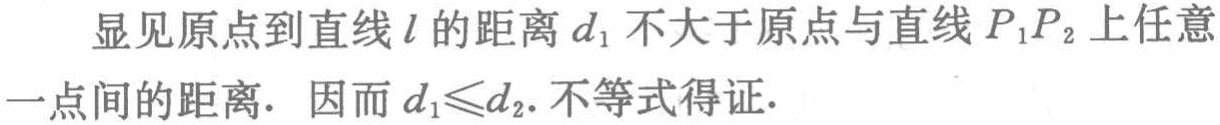
显见原点到直线\(l\)的距离\(d_{1}\)不大于原点与直线\(P_{1}P_{2}\)上任意一点间的距离. 因而 \(d_{1}\leqslant d_{2}\).不等式得证.